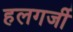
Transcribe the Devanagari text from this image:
हलगर्जी